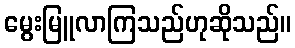
မွေးမြူလာကြသည်ဟုဆိုသည်။